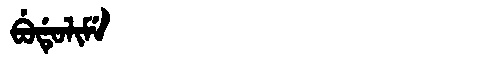
Manchu: ᠪᡠᡩᡠᠯᡳᠮᡝ
Romanization: BUDULIME